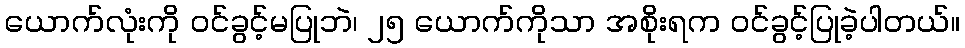
ယောက်လုံးကို ဝင်ခွင့်မပြုဘဲ၊ ၂၅ ယောက်ကိုသာ အစိုးရက ဝင်ခွင့်ပြုခဲ့ပါတယ်။